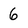
Character: 6